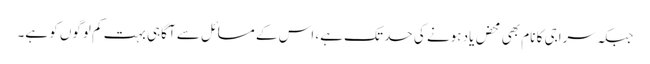
جبکہ سراجی کا نام بھی محض یاد ہونے کی حد تک ہے، اس کے مسائل سے آگاہی بہت کم لوگوں کو ہے۔